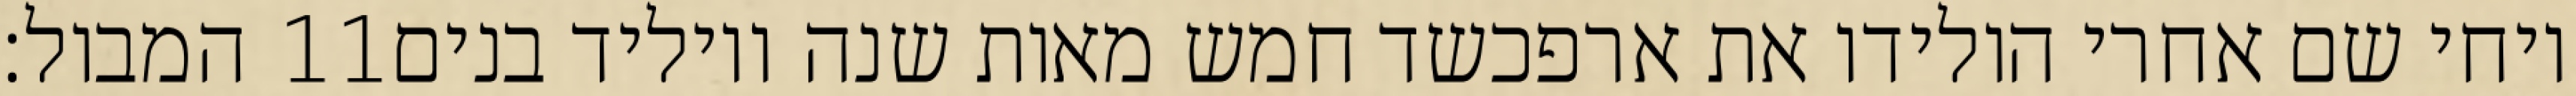
המבול׃ ‎11‏ ויחי שם אחרי הולידו את ארפכשד חמש מאות שנה ויוליד בנים